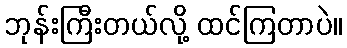
ဘုန်းကြီးတယ်လို့ ထင်ကြတာပဲ။